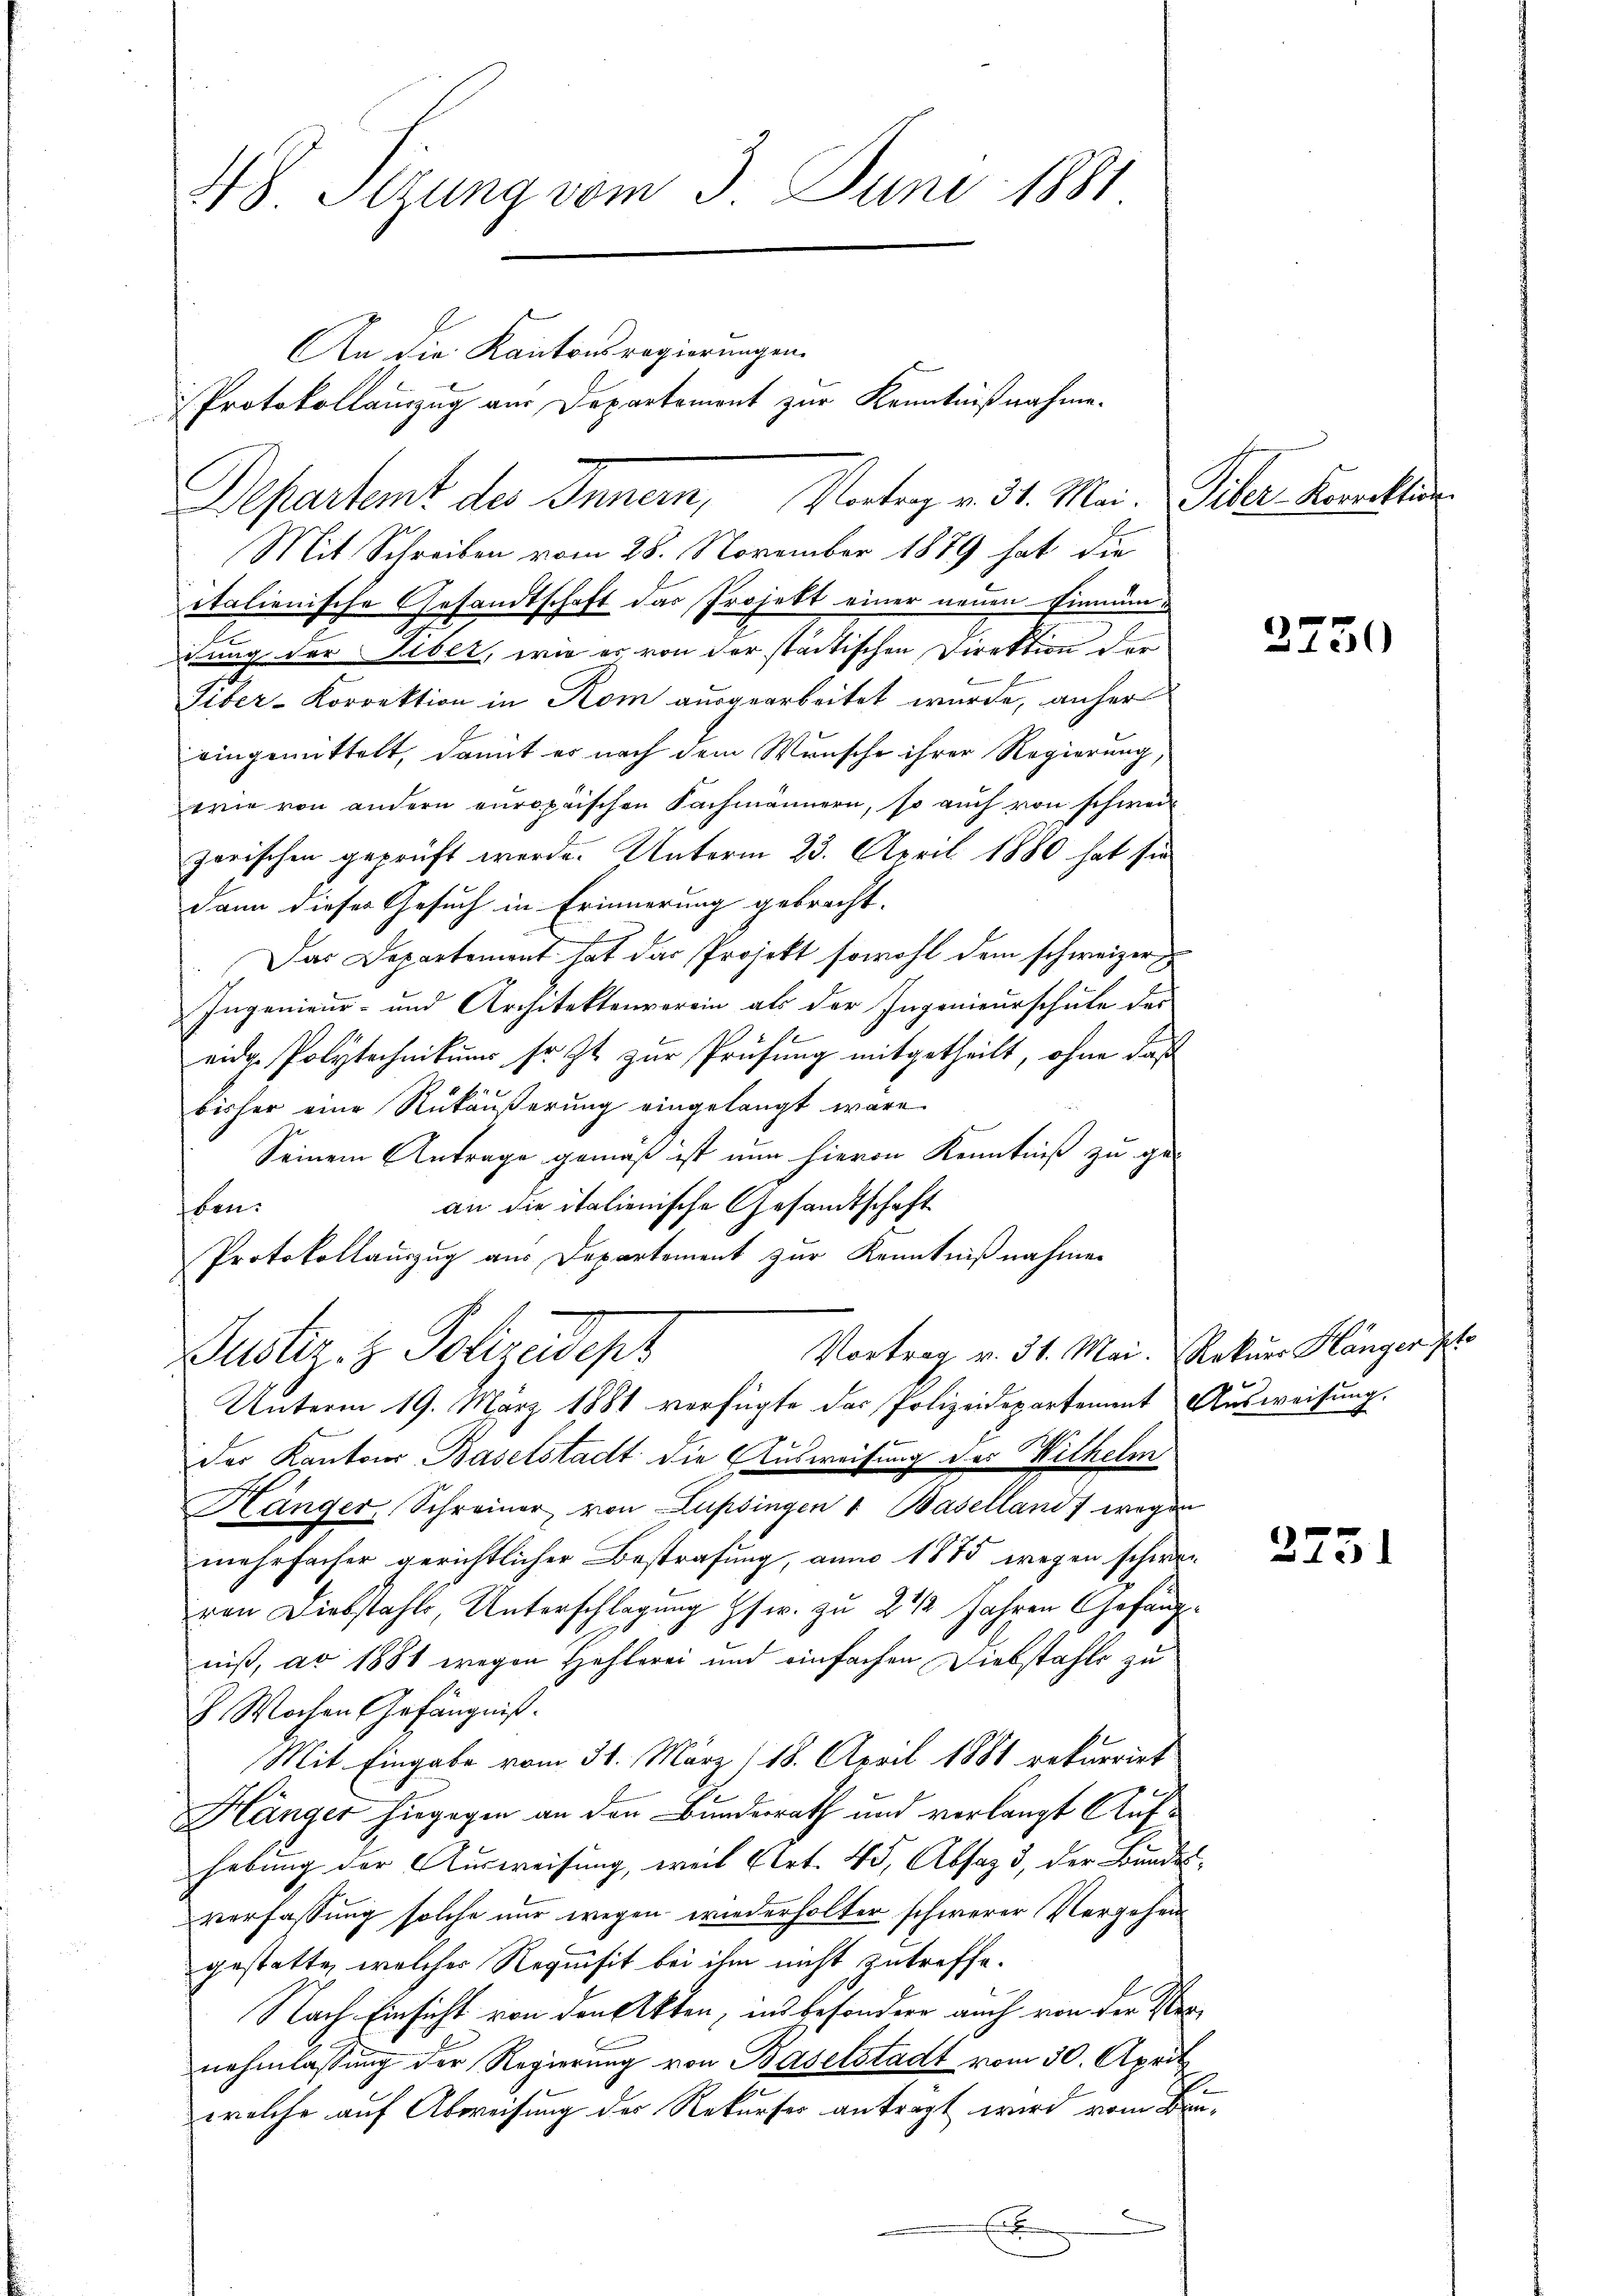
48. Sizung vom 3. Juni 1881

italienische Gesandtschaft das Projekt einer neuen Einmün¬
2
ihung der Libet, wie es von der städtischen Direktion der
Tiber-Korrektion in Rom ausgearbeitet wurde, anher
eingemittelt, damit es nach dem Wunsche ihrer Regierung,
wie von andern europäischen Fachmännern, so auch von schweil
zerischen geprüft werde. Unterm 23. April 1880 hat sie
dann dieser Gesuch in Erinnerung gebracht.
Das Departement hat das Projekt sowohl dem schweizer
Ingenieur- und Architektenverein als der Ingenieurschule das
eider Polytechnikums sr. Zt. zur Prüfung mitgetheilt, ohne daß
bisher eine Rükäußerung eingelangt wäre.
Seinem Antrage gemäß ist nun hievon Kenntniß zu ge-
an die italienische Gesandtschaft
ben.
Protokollauszug aus Departement zur Kenntnißnahmen
Vortrag v. 31. Mai. Rekurs Hänger ppt.
Justiz- & Polizedepr
Unterm 19. März 1881 verfügte das Polizeidepartement Ausweisung,
der Kantons Baselstadt die Ausweisung des Wilhelm
Hänger Schreiner von Lupsingen 1 Baselland) wegen
mehrfacher gerichtlicher Bestrafung, am 1875 wegen schwevon Diebstahls, Unterschlagung Gsw. zu 2 1/2 Jahren Gefängniß, ad 1881 wegen Hehlerei und einfachen Diebstahls zu
 Wochen Gefängniß.
Mit Eingabe vom 31. März/18. April 1881 rekurrirt
Hänger hiegegen an den Bundesrath und verlangt Aufhebung der Ausweisung, weil Art. 45, Absaz 3, der Bundesverfassung solche nur wegen wiederholter schwerer Vergehen
gestatte, welcher Requisit bei ihm nicht zutreffe.
Nach Einsicht von den Akten, ins besondere auch von der Vernehmlassung der Regierung von Baselstadt vom 30. April
1
welche auf Abweisung des Rekurser anträgt wird vom Ben¬

An die Kantonsregierungen.
Departent des Innern, Vortrag v. 31. Mai. Peter Kellen.
Mit Schreiben vom 28. November 1889 hat die

Protokollauszug aus Departement zur Kenntnißnahme.

3750

275)